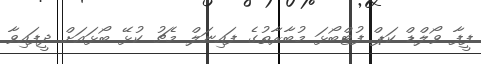
ފީފާ ވޯލްޑް ކަޕް ފުޓްބޯޅަ މުބާރާތުގެ ފައިނަލް މެޗު ކުޅޭ ބޯޅައަށް ދީފައިވާ